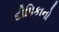
દીપિકાનો